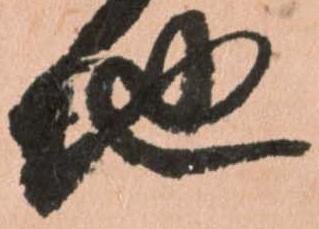
地